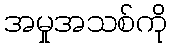
အမှုအသစ်ကို